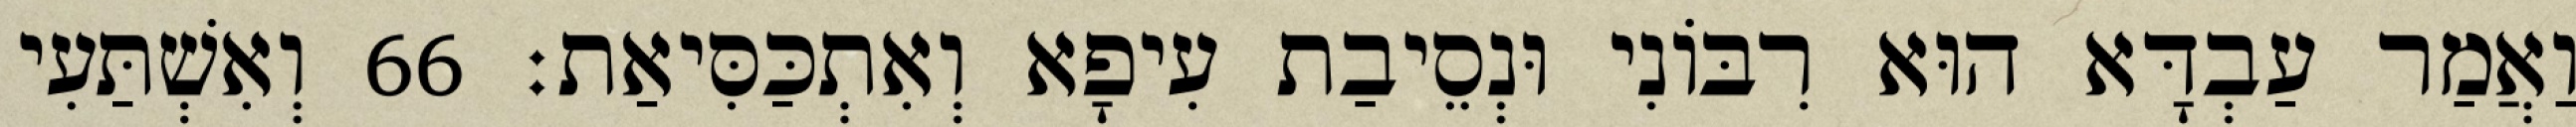
וַאֲמַר עַבְדָּא הוּא רִבּוֹנִי וּנְסֵיבַת עִיפָא וְאִתְכַּסִּיאַת׃ 66 וְאִשְׁתַּעִי